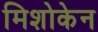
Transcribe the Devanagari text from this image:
मिशोकेन